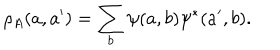
\rho _ { A } ( a , a ^ { \prime } ) = \sum _ { b } \psi ( a , b ) \psi ^ { * } ( a ^ { \prime } , b ) .